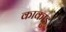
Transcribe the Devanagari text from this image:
काकाडु